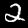
Label: 2